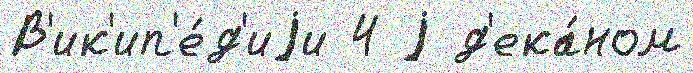
В'ик'ип'е́д'иjи 4 j д'ека́ном